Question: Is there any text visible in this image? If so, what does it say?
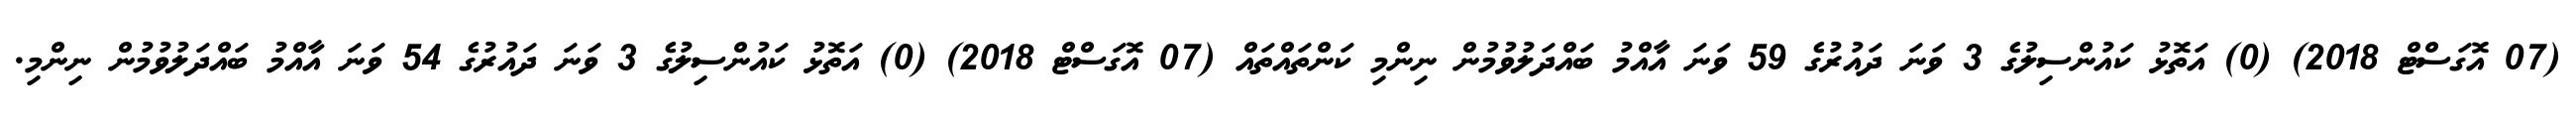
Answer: (07 އޮގަސްޓް 2018) (0) އަތޮޅު ކައުންސިލުގެ 3 ވަނަ ދައުރުގެ 59 ވަނަ އާއްމު ބައްދަލުވުމުން ނިންމި ކަންތައްތައް (07 އޮގަސްޓް 2018) (0) އަތޮޅު ކައުންސިލުގެ 3 ވަނަ ދައުރުގެ 54 ވަނަ އާއްމު ބައްދަލުވުމުން ނިންމި.